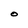
Character: O